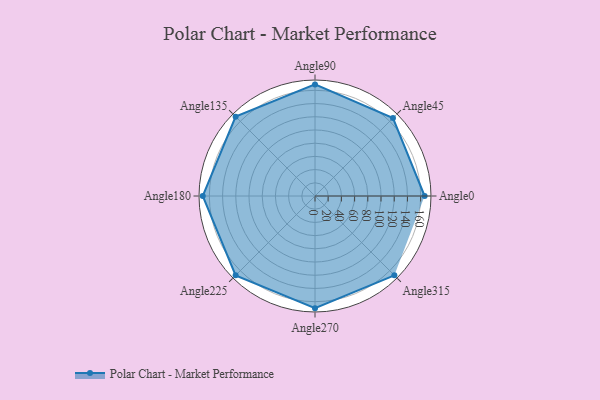
{"axis": {"x": "Angle", "y": "Radius"}, "legend": [""], "data": [{"x": "Angle0", "y": 166.0, "type": ""}, {"x": "Angle45", "y": 167.0, "type": ""}, {"x": "Angle90", "y": 169.0, "type": ""}, {"x": "Angle135", "y": 170, "type": ""}, {"x": "Angle180", "y": 170, "type": ""}, {"x": "Angle225", "y": 170, "type": ""}, {"x": "Angle270", "y": 170, "type": ""}, {"x": "Angle315", "y": 170, "type": ""}]}